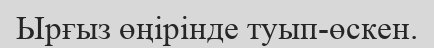
Ырғыз өңірінде туып-өскен.